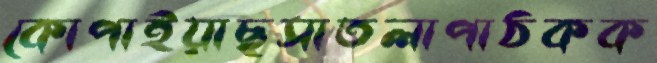
কোপাইয়াছসাতলাপাঠকক